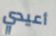
أعيدي